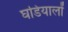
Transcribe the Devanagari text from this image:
घडियालों